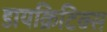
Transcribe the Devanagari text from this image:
डायक्रिटिक्स